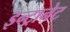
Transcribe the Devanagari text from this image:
इन्ट्रानेट